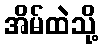
အိမ်ထဲသို့